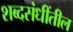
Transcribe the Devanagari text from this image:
शब्दसंधींतील